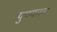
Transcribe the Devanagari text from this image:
पुण्यतम